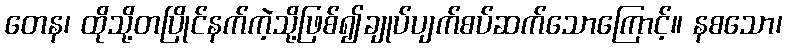
တေန၊ ထိုသို့တပြိုင်နက်ကဲ့သို့ဖြစ်၍ချုပ်ပျက်စပ်ဆက်သောကြောင့်။ နစသော၊